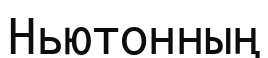
Ньютонның